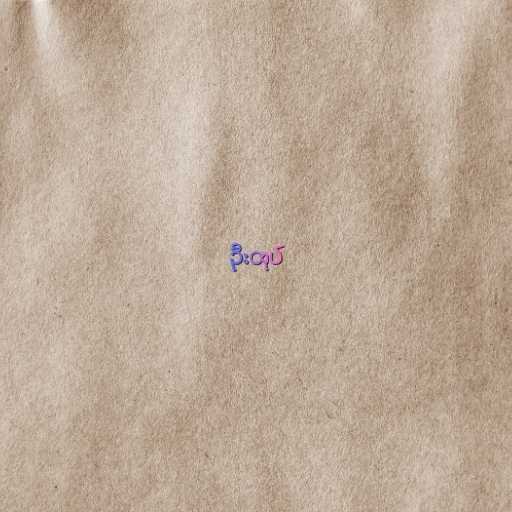
ဦးထုပ်